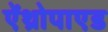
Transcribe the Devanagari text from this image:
ऐंथ्रोपाएड